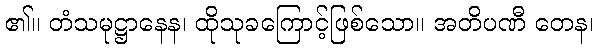
၏။ တံသမုဋ္ဌာနေန၊ ထိုသုခကြောင့်ဖြစ်သော။ အတိပဏီ တေန၊